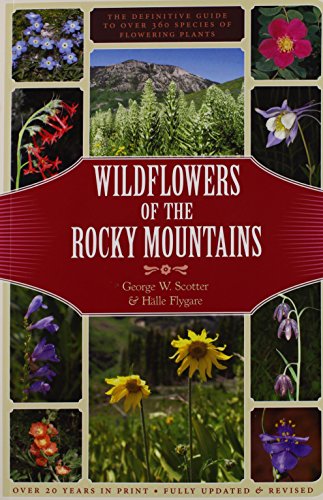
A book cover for Wildflowers of the Rocky Mountains; George W. Scotter; Crafts, Hobbies & Home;